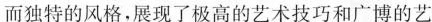
而独特的风格，展现了极高的艺术技巧和广博的艺